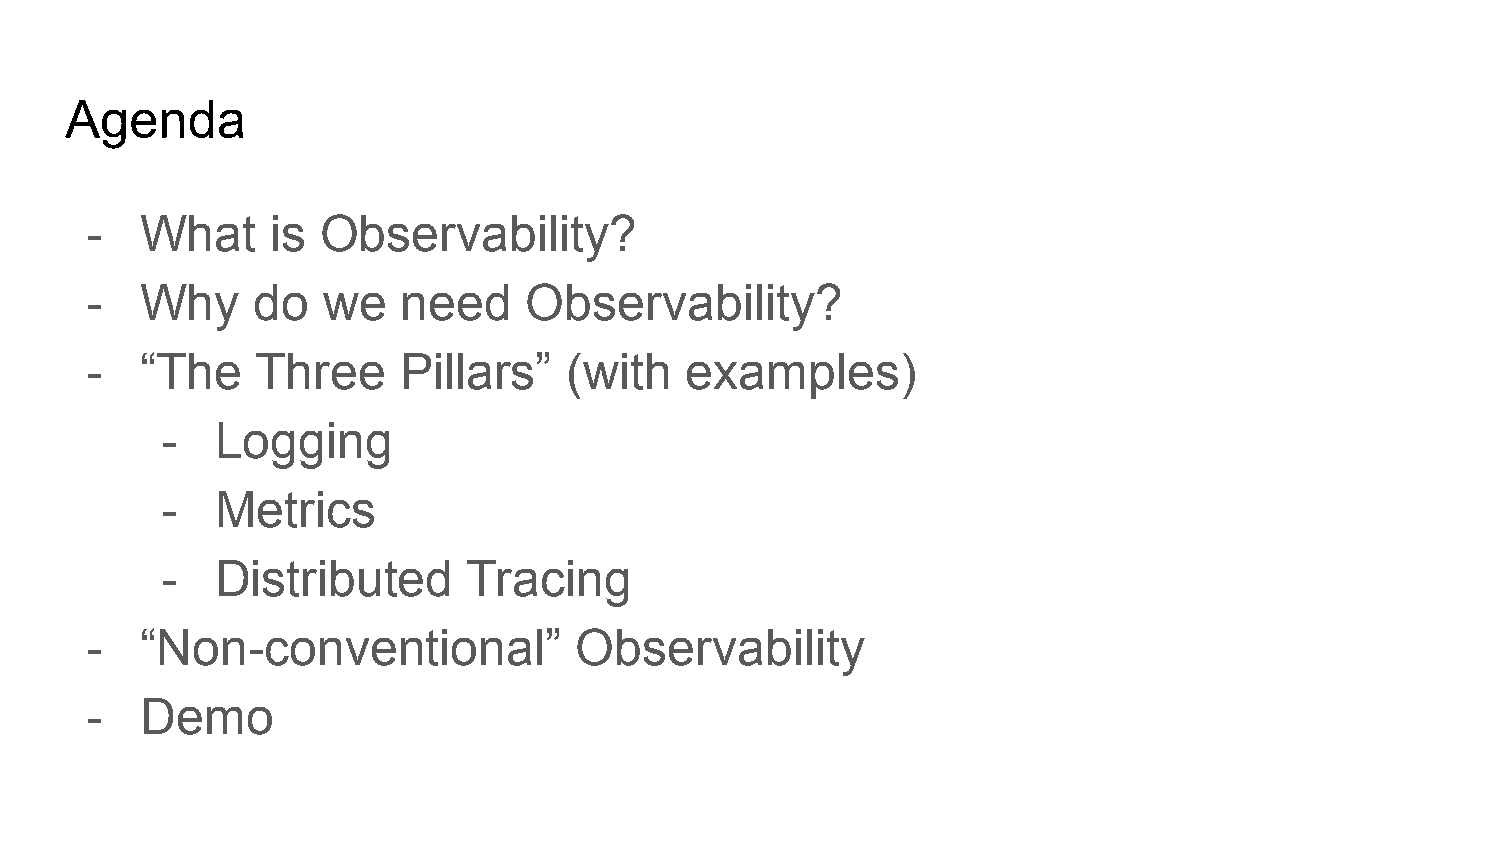
Agenda
 -  What     is Observability?
 -  Why     do  we    need    Observability?
 -  “The    Three     Pillars”   (with  examples)
 -  Logging
 -  Metrics
 -  Distributed      Tracing
 -  “Non-conventional”           Observability
 -  Demo